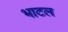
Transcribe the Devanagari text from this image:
भाटल